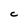
Character: C